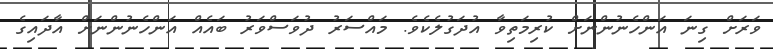
ވަރަށް ގިނަ އަންހެނުންނަށް ކުރިމަތިވާ އުދަގުލެކެވެ. މައްސަރު ދުވަސްވަރު ބައެއް އަންހެނުންނަށް އާދައިގެ